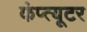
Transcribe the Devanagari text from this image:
कंप्त्यूटर